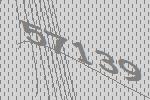
57139